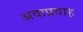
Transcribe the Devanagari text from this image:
अवाप्रवाह